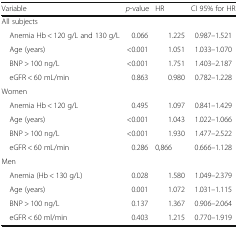
| Variable | p-value | HR | CI 95% for HR |
 | --- | --- | --- | --- |
 | <COLSPAN=4> All subjects |
 | Anemia Hb < 120 g/L and 130 g/L | 0.066 | 1.225 | 0.987–1.521 |
 | Age (years) | <0.001 | 1.051 | 1.033–1.070 |
 | BNP > 100 ng/L | <0.001 | 1.751 | 1.403–2.187 |
 | eGFR < 60 mL/min | 0.863 | 0.980 | 0.782–1.228 |
 | <COLSPAN=4> Women |
 | Anemia Hb < 120 g/L | 0.495 | 1.097 | 0.841–1.429 |
 | Age (years) | <0.001 | 1.043 | 1.022–1.066 |
 | BNP > 100 ng/L | <0.001 | 1.930 | 1.477–2.522 |
 | eGFR < 60 mL/min | 0.286 | 0,866 | 0.666–1.128 |
 | <COLSPAN=4> Men |
 | Anemia (Hb < 130 g/L) | 0.028 | 1.580 | 1.049–2.379 |
 | Age (years) | 0.001 | 1.072 | 1.031–1.115 |
 | BNP > 100 ng/L | 0.137 | 1.367 | 0.906–2.064 |
 | eGFR < 60 ml/min | 0.403 | 1.215 | 0.770–1.919 |